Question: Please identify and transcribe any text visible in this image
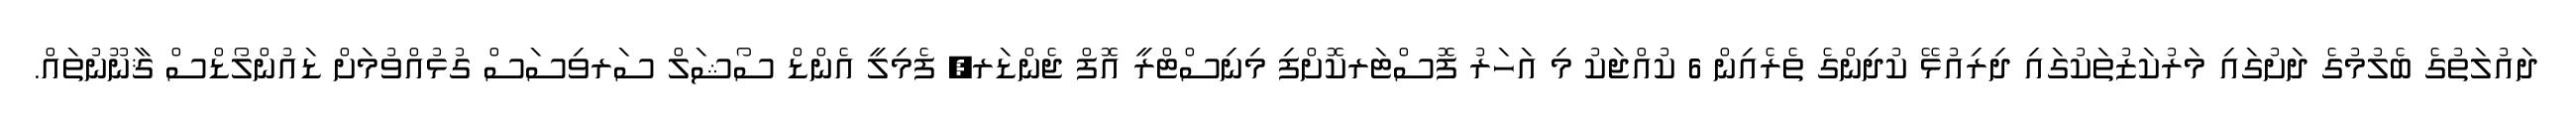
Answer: ދައުލަތުގެ ބެލުމުގެ ދަށުގައި މަރުކަޒުތަކުގައި ދިރިއުޅޭ ކުދިންގެ ތެރެއިން 6 ކުއްޖަކު މި އަހަރު ފޮސްޓަރކޮށްފި މިނިސްޓްރީ އޮފް ޖެންޑަރ, ފެމިލީ އެންޑް ސޯޝަލް ސަރވިސަސް ގުޅުއްވުމަށް ޑައުންލޯޑްސް ޤާނޫނުތައް.